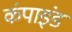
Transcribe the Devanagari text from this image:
कंपाइंड